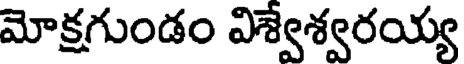
మోక్షగుండం విశ్వేశ్వరయ్య